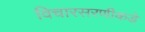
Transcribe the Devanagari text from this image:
विचारसरणीकडे